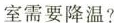
室需要降温?